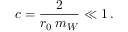
c = \frac { 2 } { r _ { 0 } \, m _ { W } } \ll 1 \, .